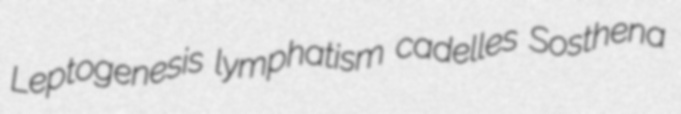
Leptogenesis lymphatism cadelles Sosthena